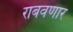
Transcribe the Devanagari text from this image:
राबवणार